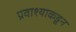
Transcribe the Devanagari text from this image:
प्रवाश्याकडून